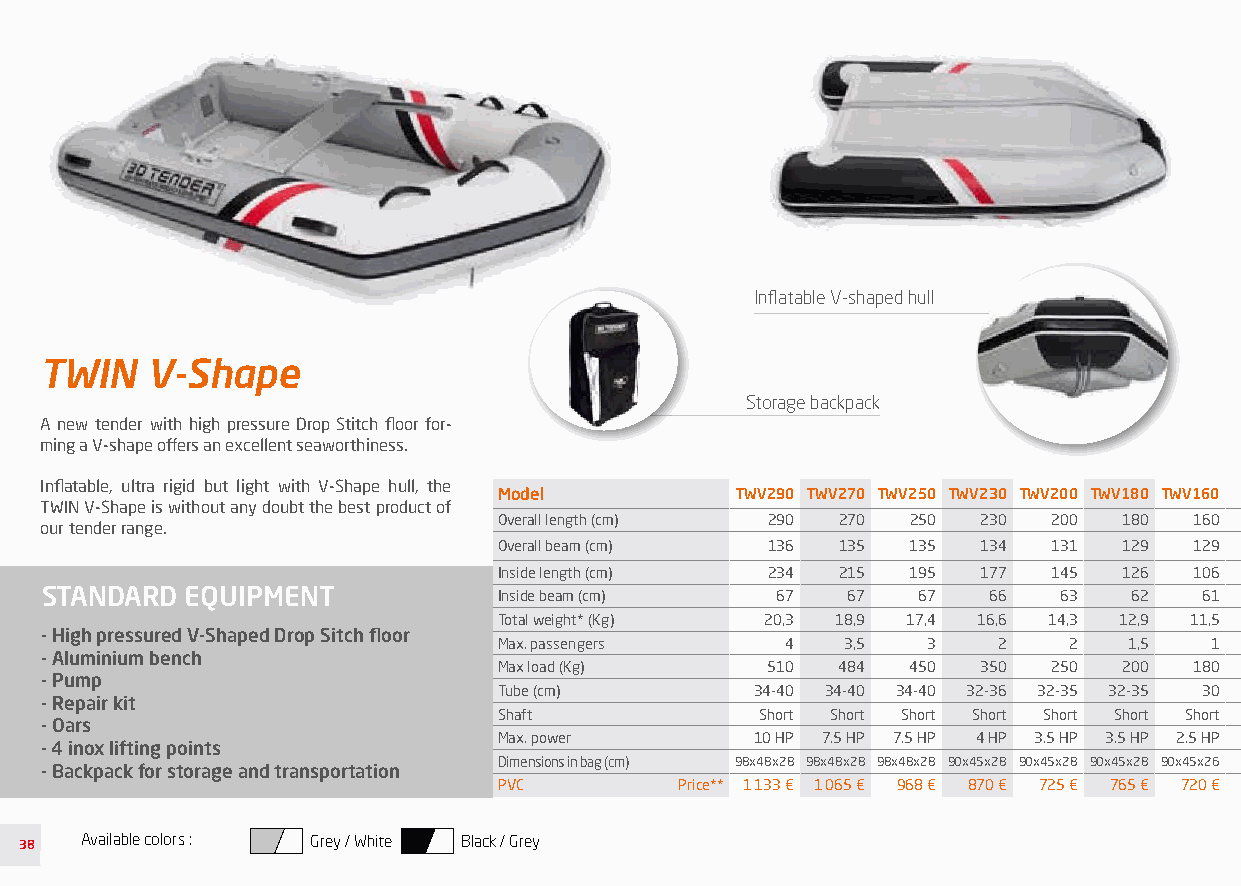
À PARTIR DE
 9,6 KG !
 Inflatable V-shaped hull
 TWIN   V-Shape
 Storage backpack
 A new tender with high pressure Drop Stitch floor for-
 ming a V-shape offers an excellent seaworthiness.
 Inflatable, ultra rigid but light with V-Shape hull, the
 Model           TWV290 TWV270 TWV250 TWV230 TWV200 TWV180 TWV160
 TWIN V-Shape is without any doubt the best product of
 Overall length (cm) 290 270 250 230  200 180  160
 our tender range.
 Overall beam (cm) 136 135  135  134  131 129  129
 Inside length (cm) 234 215 195  177  145 126  106
 STANDARD EQUIPMENT            Inside beam (cm)  67   67   67  66   63   62   61
 Total weight* (Kg) 20,3 18,9 17,4 16,6 14,3 12,9 11,5
 - High pressured V-Shaped Drop Sitch floor
 Max. passengers    4   3,5  3    2    2   1,5  1
 - Aluminium bench
 Max load (Kg)     510 484  450  350  250 200  180
 - Pump
 Tube (cm)        34-40 34-40 34-40 32-36 32-35 32-35 30
 - Repair kit
 Shaft            Short Short Short Short Short Short Short
 - Oars
 Max. power       10 HP 7.5 HP 7.5 HP 4 HP 3.5 HP 3.5 HP 2.5 HP
 - 4 inox lifting points
 Dimensions in bag (cm) 98x48x28 98x48x28 98x48x28 90x45x28 90x45x28 90x45x28 90x45x26
 - Backpack for storage and transportation
 PVC         Price** 1 133 € 1 065 € 968 € 870 € 725 € 765 € 720 €
 38  Available colors : Grey / White Black / Grey